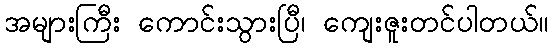
အများကြီး ကောင်းသွားပြီ၊ ကျေးဇူးတင်ပါတယ်။